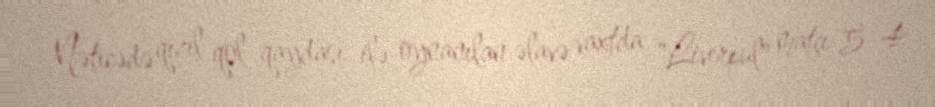
Nəticədə qızıl qol qaydası ilə oynanılan əlavə vaxtda "Liverpul" matçı 5-4